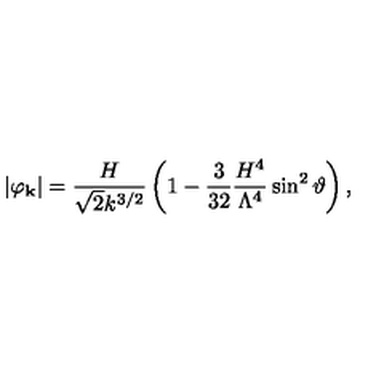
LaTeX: \vert \varphi _ { \bf k } \vert = \frac { H } { \sqrt { 2 } k ^ { 3 / 2 } } \left( 1 - \frac { 3 } { 3 2 } \frac { H ^ { 4 } } { \Lambda ^ { 4 } } \sin ^ { 2 } \vartheta \right) ,